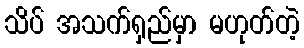
သိပ် အသက်ရှည်မှာ မဟုတ်တဲ့